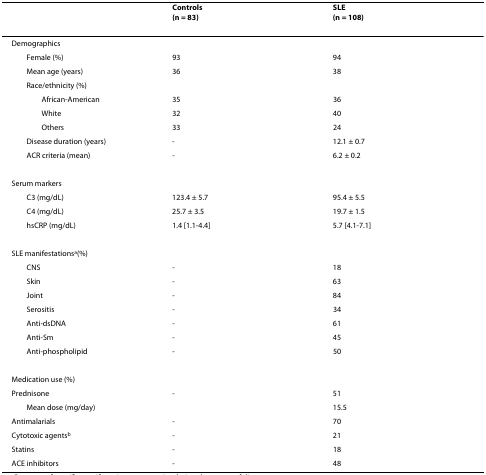
<table><thead><tr><td></td><td><b>Controls(n = 83)</b></td><td><b>SLE(n = 108)</b></td></tr></thead><tbody><tr><td>Demographics</td><td></td><td></td></tr><tr><td> Female (%)</td><td>93</td><td>94</td></tr><tr><td> Mean age (years)</td><td>36</td><td>38</td></tr><tr><td> Race/ethnicity (%)</td><td></td><td></td></tr><tr><td>African-American</td><td>35</td><td>36</td></tr><tr><td>White</td><td>32</td><td>40</td></tr><tr><td>Others</td><td>33</td><td>24</td></tr><tr><td> Disease duration (years)</td><td>-</td><td>12.1 ± 0.7</td></tr><tr><td> ACR criteria (mean)</td><td>-</td><td>6.2 ± 0.2</td></tr><tr><td>Serum markers</td><td></td><td></td></tr><tr><td> C3 (mg/dL)</td><td>123.4 ± 5.7</td><td>95.4 ± 5.5</td></tr><tr><td> C4 (mg/dL)</td><td>25.7 ± 3.5</td><td>19.7 ± 1.5</td></tr><tr><td> hsCRP (mg/dL)</td><td>1.4 [1.1-4.4]</td><td>5.7 [4.1-7.1]</td></tr><tr><td>SLE manifestations<sup>a</sup>(%)</td><td></td><td></td></tr><tr><td> CNS</td><td>-</td><td>18</td></tr><tr><td> Skin</td><td>-</td><td>63</td></tr><tr><td> Joint</td><td>-</td><td>84</td></tr><tr><td> Serositis</td><td>-</td><td>34</td></tr><tr><td> Anti-dsDNA</td><td>-</td><td>61</td></tr><tr><td> Anti-Sm</td><td>-</td><td>45</td></tr><tr><td> Anti-phospholipid</td><td>-</td><td>50</td></tr><tr><td>Medication use (%)</td><td></td><td></td></tr><tr><td>Prednisone</td><td>-</td><td>51</td></tr><tr><td> Mean dose (mg/day)</td><td></td><td>15.5</td></tr><tr><td>Antimalarials</td><td>-</td><td>70</td></tr><tr><td>Cytotoxic agents<sup>b</sup></td><td>-</td><td>21</td></tr><tr><td>Statins</td><td>-</td><td>18</td></tr><tr><td>ACE inhibitors</td><td>-</td><td>48</td></tr></tbody></table>